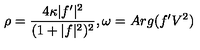
\rho = { \frac { 4 \kappa | f ^ { \prime } | ^ { 2 } } { ( 1 + | f | ^ { 2 } ) ^ { 2 } } } , { } \omega = A r g ( f ^ { \prime } V ^ { 2 } )